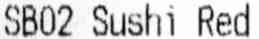
SB02 SUSHI RED